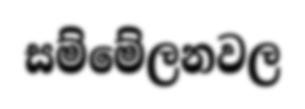
සම්මේලනවල